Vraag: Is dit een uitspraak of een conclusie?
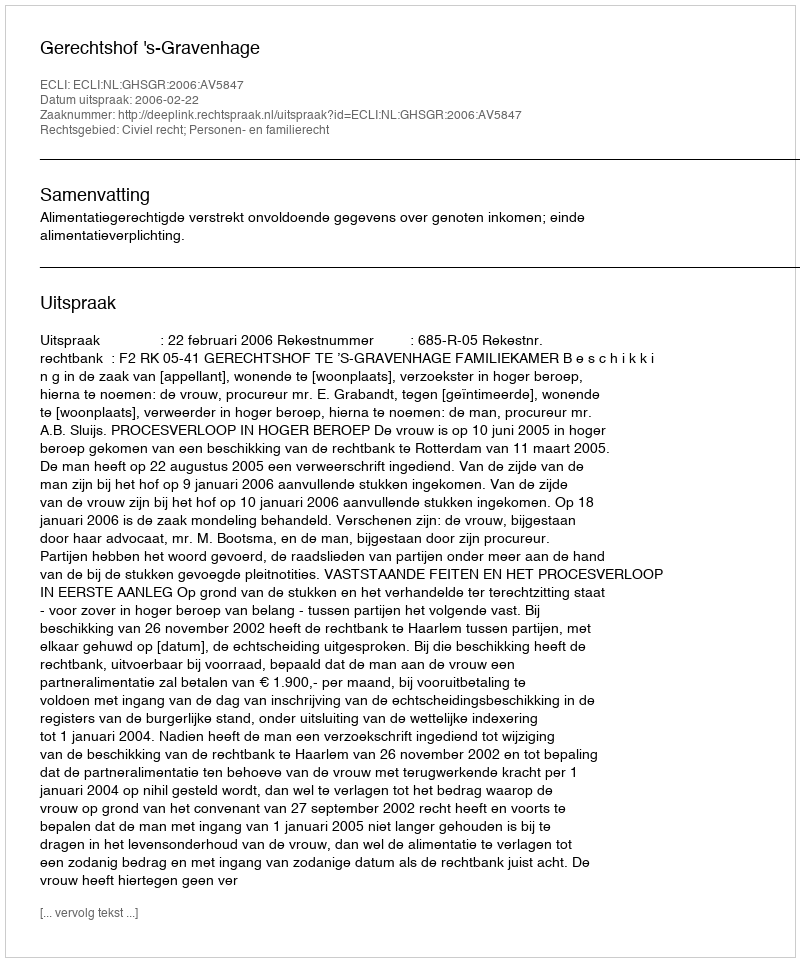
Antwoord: Uitspraak